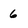
Character: 6